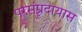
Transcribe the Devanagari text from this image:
परसंप्रदायास